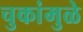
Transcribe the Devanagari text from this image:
चुकांमुळे